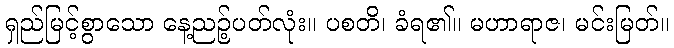
ရှည်မြင့်စွာသော နေ့ညဉ့်ပတ်လုံး။ ပစတိ၊ ခံရ၏။ မဟာရာဇ၊ မင်းမြတ်။